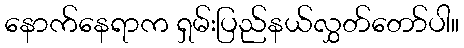
နောက်နေရာက ရှမ်းပြည်နယ်လွှတ်တော်ပါ။